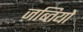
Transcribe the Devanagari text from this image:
ज़ब्तियों